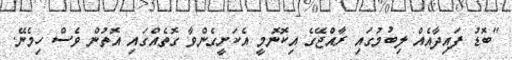
"ބޮޑު ފައިދާއެއް ލިބުމުގައި ރާއްޖޭގެ އިކޮނޮމީ އެކަށީގެންވާ ގޮތެއްގައި އޮތުން ވެސް ހިމެނޭ.